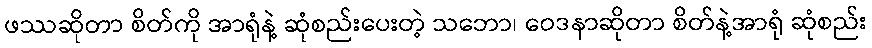
ဖဿဆိုတာ စိတ်ကို အာရုံနဲ့ ဆုံစည်းပေးတဲ့ သဘော၊ ဝေဒနာဆိုတာ စိတ်နဲ့အာရုံ ဆုံစည်း